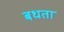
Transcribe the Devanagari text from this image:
बधता